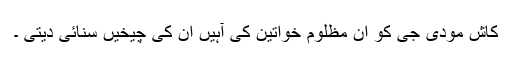
کاش مودی جی کو ان مظلوم خواتین کی آہیں ان کی چیخیں سنائی دیتی ۔